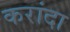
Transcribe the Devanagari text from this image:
करांदा